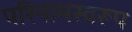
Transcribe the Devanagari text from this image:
परिनामस्वरूप